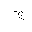
Letter: _gim